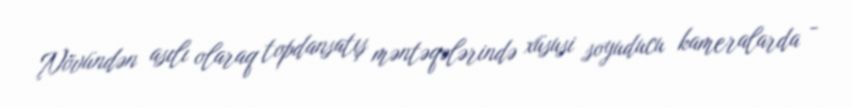
Növündən asılı olaraq topdansatış məntəqələrində xüsusi soyuducu kameralarda -